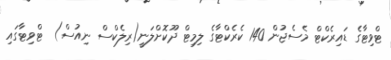
ޓްވިޓާގެ ޑައިރެކްޓް މެސެޖުން 140 ކެރެކްޓާގެ ލިމިޓް ދޫކޮށްލަނީ(ރިލެކްސް ނިއުސް)  ޓްވިޓާގައި